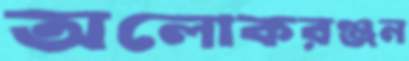
অলোকরঞ্জন